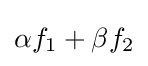
\alpha f_{1}+\beta f_{2}